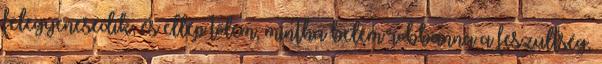
felegyenesedik, és ellép tőlem, mintha belém robbanna a feszültség,